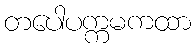
တပေါပက္ကမကထာ